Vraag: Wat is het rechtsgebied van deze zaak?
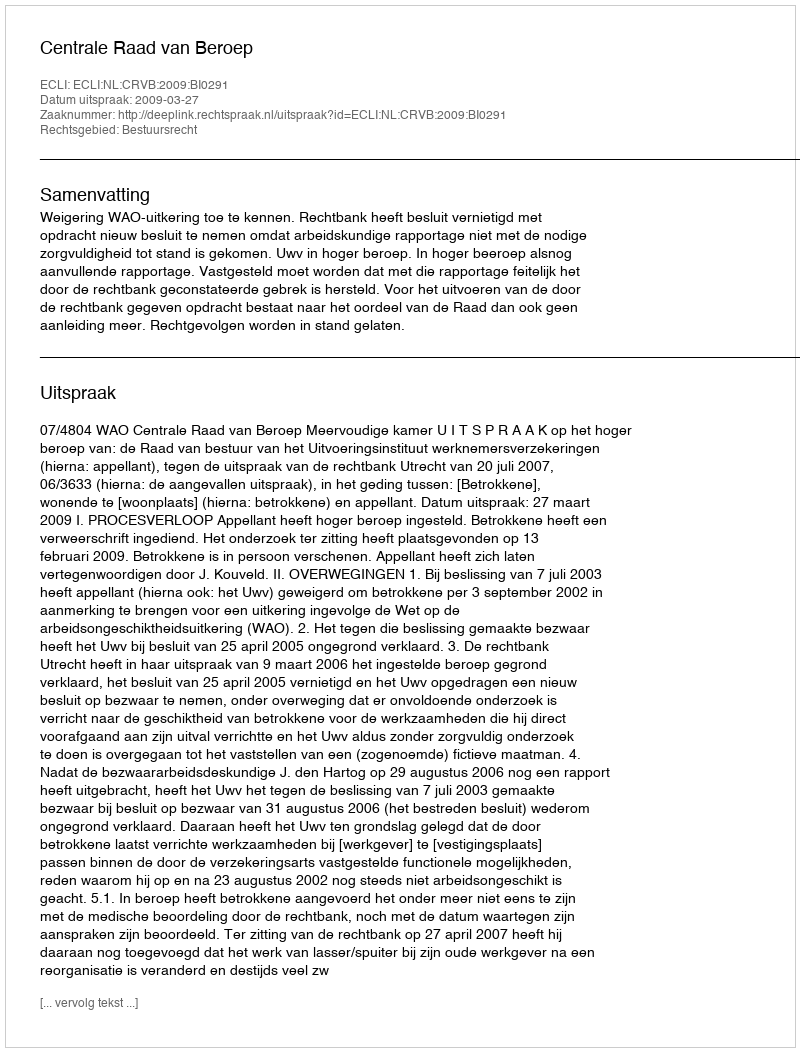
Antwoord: Bestuursrecht